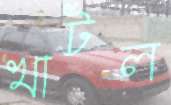
খাটল